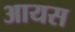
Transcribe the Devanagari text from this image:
आयस